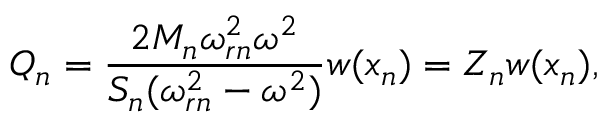
Q _ { n } = \frac { 2 M _ { n } \omega _ { r n } ^ { 2 } \omega ^ { 2 } } { S _ { n } ( \omega _ { r n } ^ { 2 } - \omega ^ { 2 } ) } w ( x _ { n } ) = Z _ { n } w ( x _ { n } ) ,